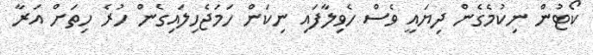
ކޯޓުން ނިކުމެގެން ދިޔައީ ވެސް ހެވިލާފައި ނިކަން ހަމަޖެހިލައިގެން ހުރެ ހިތަށް އަރާ